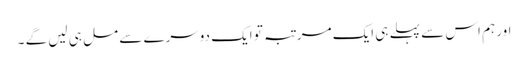
اور ہم اس سے پہلے ہی ایک مرتبہ تو ایک دوسرے سے مل ہی لیں گے ۔